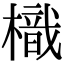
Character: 樴